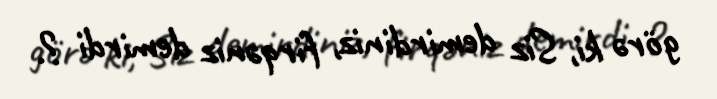
görə ki, Siz demirdiniz, firqəniz demirdi ?.